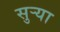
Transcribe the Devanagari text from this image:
सुर्‍या